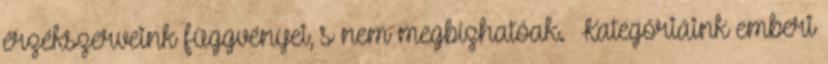
érzékszerveink függvényei, s nem megbízhatóak. Kategóriáink emberi